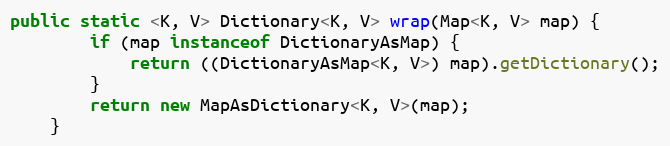
Language: Java
public static <K, V> Dictionary<K, V> wrap(Map<K, V> map) {
        if (map instanceof DictionaryAsMap) {
            return ((DictionaryAsMap<K, V>) map).getDictionary();
        }
        return new MapAsDictionary<K, V>(map);
    }